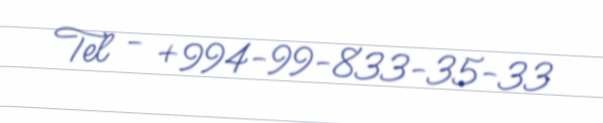
Tel - +994-99-833-35-33